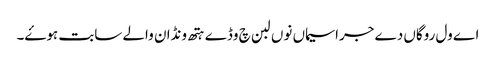
اے ول روگاں دے جراسیماں نوں لبن چ وڈے ہتھ ونڈان والے سابت ہوۓ۔